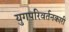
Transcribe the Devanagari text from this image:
युगपरिवर्तनकारी